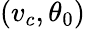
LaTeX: (v_{c},\theta_{0})